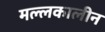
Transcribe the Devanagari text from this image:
मल्लकालीन